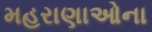
મહરાણાઓના